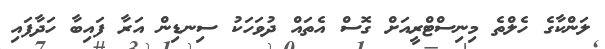
ލަންކާގެ ހެލްތެ މިނިސްޓްރީއަށް ގޮސް އެތައް ދުވަހަކު ސިނޑިން އަރާ ފައިބާ ހަދާފައި